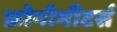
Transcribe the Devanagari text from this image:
क्रोनॉमीटर्स